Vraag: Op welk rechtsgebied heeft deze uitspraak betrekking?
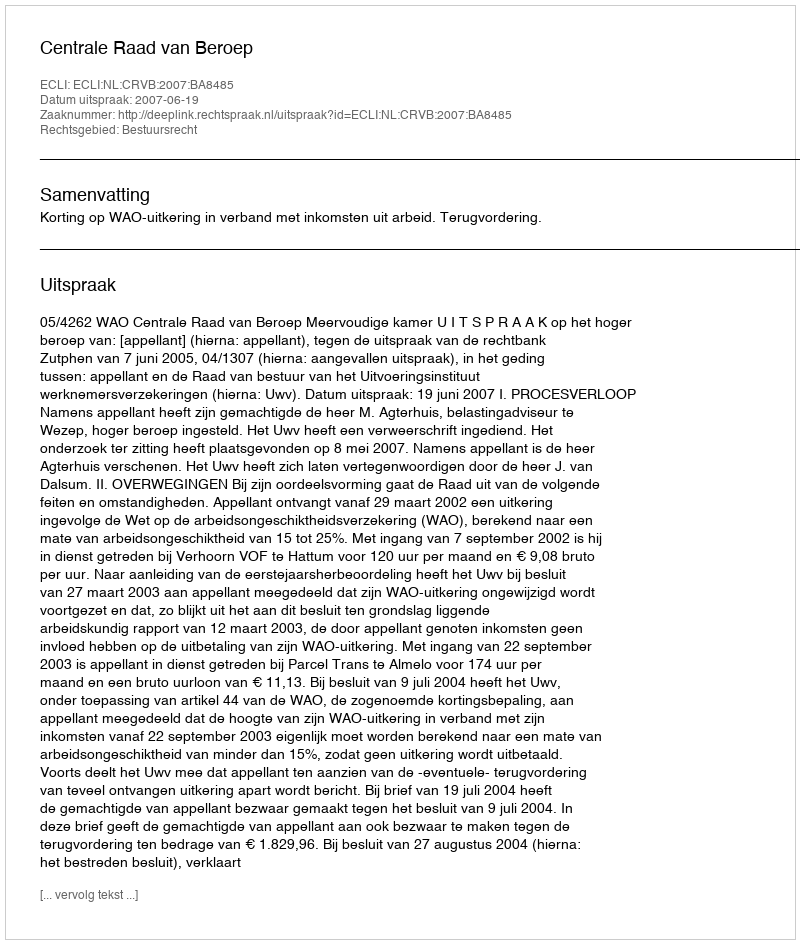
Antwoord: Bestuursrecht